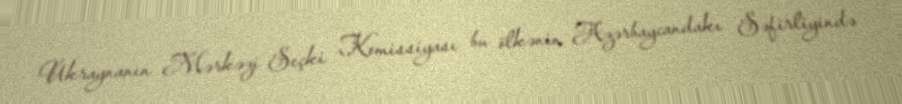
Ukraynanın Mərkəzi Seçki Komissiyası bu ölkənin Azərbaycandakı Səfirliyində